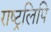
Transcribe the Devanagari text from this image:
राष्ट्रलिपि